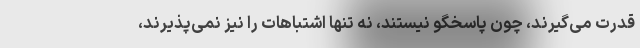
قدرت می‌گیرند، چون پاسخگو نیستند، نه تنها اشتباهات را نیز نمی‌پذیرند،